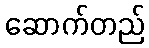
ဆောက်တည်